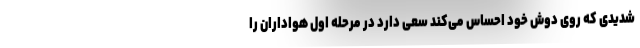
شدیدی که روی دوش خود احساس می‌کند سعی دارد در مرحله اول هواداران را